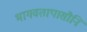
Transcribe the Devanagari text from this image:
भागवतापासौनि